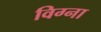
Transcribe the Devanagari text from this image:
विग्ना